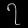
Digit: ၇